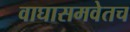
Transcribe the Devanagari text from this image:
वाघासमवेतच